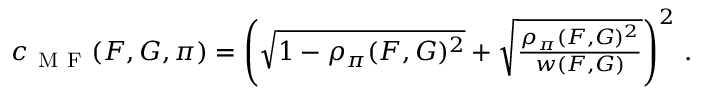
\begin{array} { r } { c _ { \mathrm { ~ M ~ F ~ } } ( F , G , \pi ) = \left( \sqrt { 1 - \rho _ { \pi } ( F , G ) ^ { 2 } } + \sqrt { \frac { \rho _ { \pi } ( F , G ) ^ { 2 } } { w ( F , G ) } } \right) ^ { 2 } \, . } \end{array}